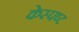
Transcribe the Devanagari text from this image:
केस्पष्ट